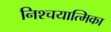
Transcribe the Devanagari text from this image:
निश्चयात्मिका